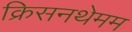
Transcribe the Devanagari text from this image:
क्रिसनथेमम